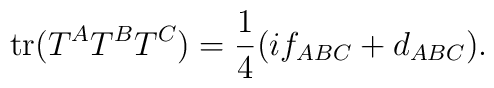
{\rm tr}(T^A T^B T^C) = {1 \over 4} (i f_{ABC}+d_{ABC}) .